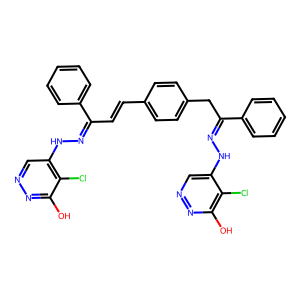
SMILES: Oc1nncc(NN=C(C=Cc2ccc(CC(=NNc3cnnc(O)c3Cl)c3ccccc3)cc2)c2ccccc2)c1Cl
Inhibits HIV replication: No